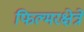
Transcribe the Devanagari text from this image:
फिल्मरक्षेत्रे